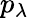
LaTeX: p_{\lambda}